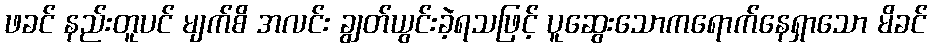
ဖခင် နည်းတူပင် မျက်စိ အလင်း ချွတ်ယွင်းခဲ့ရသဖြင့် ပူဆွေးသောကရောက်နေရှာသော မိခင်